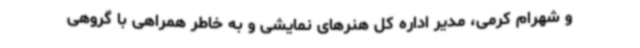
و شهرام کرمی، مدیر اداره کل هنرهای نمایشی و به خاطر همراهی با گروهی